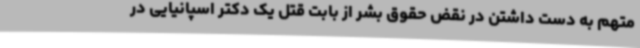
متهم به دست داشتن در نقض حقوق بشر از بابت قتل یک دکتر اسپانیایی در